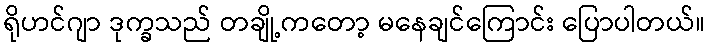
ရိုဟင်ဂျာ ဒုက္ခသည် တချို့ကတော့ မနေချင်ကြောင်း ပြောပါတယ်။